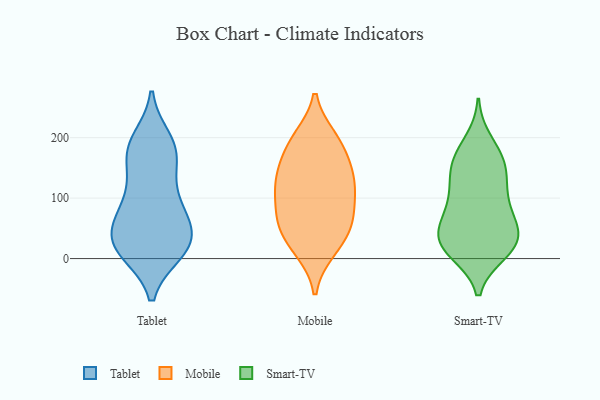
{"axis": {"x": "Headcount", "y": "Value"}, "legend": ["Mobile", "Smart-TV", "Tablet"], "data": [{"x": "", "y": 31, "type": "Tablet"}, {"x": "", "y": 65, "type": "Tablet"}, {"x": "", "y": 10, "type": "Tablet"}, {"x": "", "y": 10, "type": "Tablet"}, {"x": "", "y": 12, "type": "Tablet"}, {"x": "", "y": 170, "type": "Tablet"}, {"x": "", "y": 183, "type": "Tablet"}, {"x": "", "y": 146, "type": "Tablet"}, {"x": "", "y": 20, "type": "Tablet"}, {"x": "", "y": 94, "type": "Tablet"}, {"x": "", "y": 77, "type": "Tablet"}, {"x": "", "y": 185, "type": "Tablet"}, {"x": "", "y": 46, "type": "Tablet"}, {"x": "", "y": 197, "type": "Tablet"}, {"x": "", "y": 56, "type": "Tablet"}, {"x": "", "y": 126, "type": "Tablet"}, {"x": "", "y": 38, "type": "Tablet"}, {"x": "", "y": 92, "type": "Tablet"}, {"x": "", "y": 16, "type": "Tablet"}, {"x": "", "y": 184, "type": "Tablet"}, {"x": "", "y": 199, "type": "Mobile"}, {"x": "", "y": 124, "type": "Mobile"}, {"x": "", "y": 105, "type": "Mobile"}, {"x": "", "y": 58, "type": "Mobile"}, {"x": "", "y": 16, "type": "Mobile"}, {"x": "", "y": 150, "type": "Mobile"}, {"x": "", "y": 105, "type": "Mobile"}, {"x": "", "y": 164, "type": "Mobile"}, {"x": "", "y": 62, "type": "Mobile"}, {"x": "", "y": 133, "type": "Mobile"}, {"x": "", "y": 195, "type": "Mobile"}, {"x": "", "y": 80, "type": "Mobile"}, {"x": "", "y": 54, "type": "Mobile"}, {"x": "", "y": 14, "type": "Mobile"}, {"x": "", "y": 130, "type": "Mobile"}, {"x": "", "y": 43, "type": "Mobile"}, {"x": "", "y": 193, "type": "Mobile"}, {"x": "", "y": 149, "type": "Smart-TV"}, {"x": "", "y": 133, "type": "Smart-TV"}, {"x": "", "y": 10, "type": "Smart-TV"}, {"x": "", "y": 36, "type": "Smart-TV"}, {"x": "", "y": 114, "type": "Smart-TV"}, {"x": "", "y": 24, "type": "Smart-TV"}, {"x": "", "y": 65, "type": "Smart-TV"}, {"x": "", "y": 70, "type": "Smart-TV"}, {"x": "", "y": 36, "type": "Smart-TV"}, {"x": "", "y": 91, "type": "Smart-TV"}, {"x": "", "y": 194, "type": "Smart-TV"}, {"x": "", "y": 156, "type": "Smart-TV"}, {"x": "", "y": 169, "type": "Smart-TV"}, {"x": "", "y": 10, "type": "Smart-TV"}, {"x": "", "y": 168, "type": "Smart-TV"}, {"x": "", "y": 35, "type": "Smart-TV"}, {"x": "", "y": 69, "type": "Smart-TV"}, {"x": "", "y": 14, "type": "Smart-TV"}, {"x": "", "y": 33, "type": "Smart-TV"}, {"x": "", "y": 112, "type": "Smart-TV"}]}